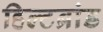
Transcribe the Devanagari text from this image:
हिल्टब्रांड